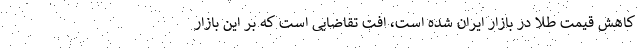
کاهش قیمت طلا در بازار ایران شده است، افت تقاضایی است که بر این بازار